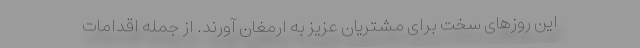
این روزهای سخت برای مشتریان عزیز به ارمغان آورند. از جمله اقدامات